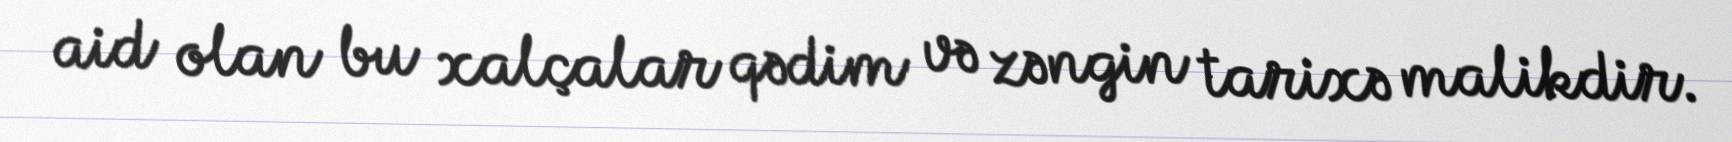
aid olan bu xalçalar qədim və zəngin tarixə malikdir.